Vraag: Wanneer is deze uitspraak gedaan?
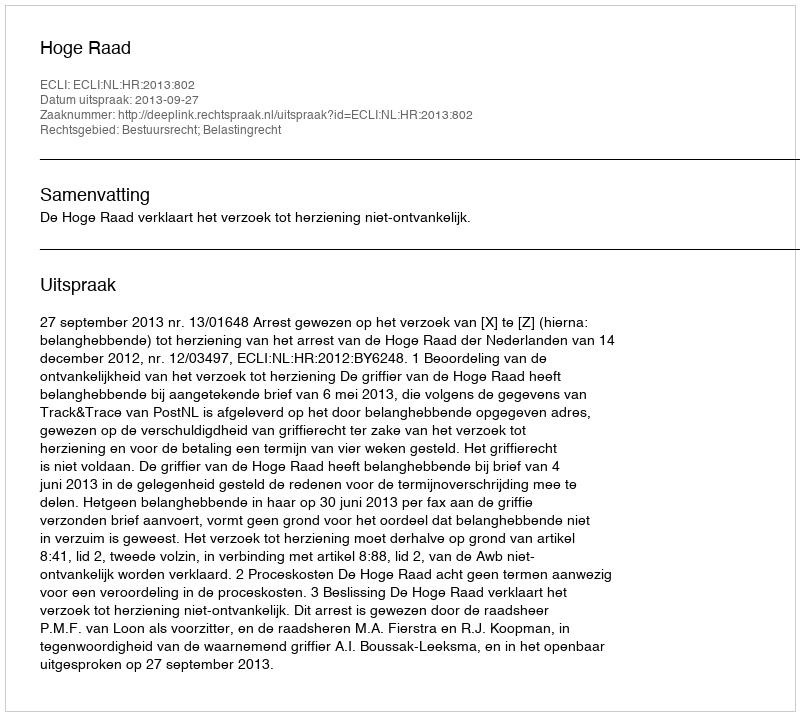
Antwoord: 2013-09-27